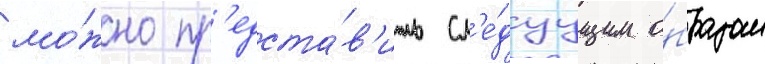
мо́жно пр'едста́в'ить сл'е́дуущим о́бразом